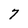
Character: 7